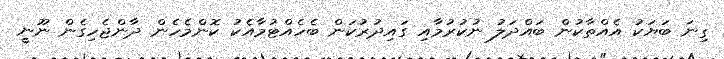
ގިނަ ބަޔަކު އެއްތާކުން ބައްދަލު ނުކުރުމާއި ގައިދުރުކަން ބެހެއްޓުމާއެކު ކޮންމެހެން ދާންޖެހިގެން ނޫނީ